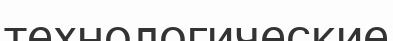
технологические